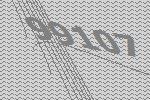
99107